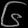
Digit: ၆